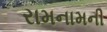
રામનામની